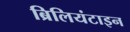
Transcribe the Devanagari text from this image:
ब्रिलियंटाइन